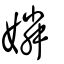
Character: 嫾